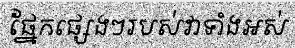
ផ្នែកផ្សេងៗរបស់វាទាំងអស់